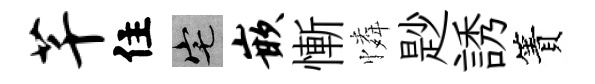
芊住宅嵌慚憐尟誘簀